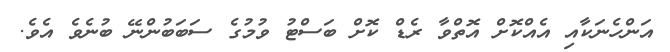
އަންހެނަކާއި އެއްކޮށް އޮތްވާ ރެޑް ކޮށް ބަސްޓު ވުމުގެ ސަބަބުންނޭ ބުނެވެ އެވެ.